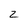
Character: Z